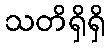
သတိရှိရှိ